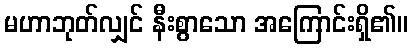
မဟာဘုတ်လျှင် နီးစွာသော အကြောင်းရှိ၏။